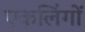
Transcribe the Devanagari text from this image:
एकलिंगों